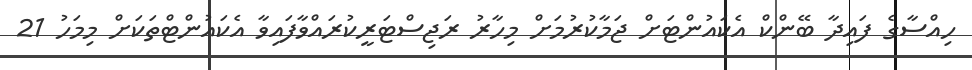
ހިއްސާގެ ފައިދާ ބޭންކް އެކައުންޓަށް ޖަމާކުރުމަށް މިހާރު ރަޖިސްޓަރީކުރައްވާފައިވާ އެކައުންޓްތަކަށް މިމަހު 21